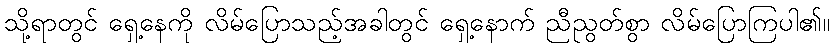
သို့ရာတွင် ရှေ့နေကို လိမ်ပြောသည့်အခါတွင် ရှေ့နောက် ညီညွတ်စွာ လိမ်ပြောကြပါ၏။